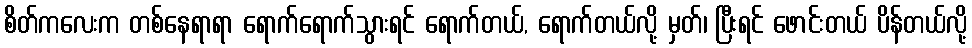
စိတ်ကလေးက တစ်နေရာရာ ရောက်ရောက်သွားရင် ရောက်တယ်, ရောက်တယ်လို့ မှတ်၊ ပြီးရင် ဖောင်းတယ် ပိန်တယ်လို့